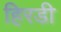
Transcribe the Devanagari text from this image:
हिरडी